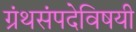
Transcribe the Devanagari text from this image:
ग्रंथसंपदेविषयी